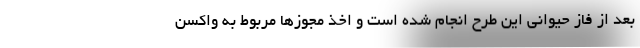
بعد از فاز حیوانی این طرح انجام شده است و اخذ مجوزها مربوط به واکسن